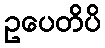
ဥပေတိပိ